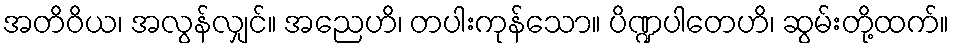
အတိဝိယ၊ အလွန်လျှင်။ အညေဟိ၊ တပါးကုန်သော။ ပိဏ္ဍပါတေဟိ၊ ဆွမ်းတို့ထက်။